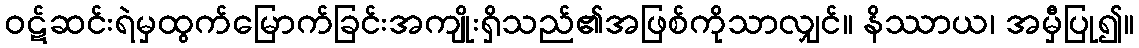
ဝဋ်ဆင်းရဲမှထွက်မြောက်ခြင်းအကျိုးရှိသည်၏အဖြစ်ကိုသာလျှင်။ နိဿာယ၊ အမှီပြု၍။